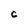
Character: C